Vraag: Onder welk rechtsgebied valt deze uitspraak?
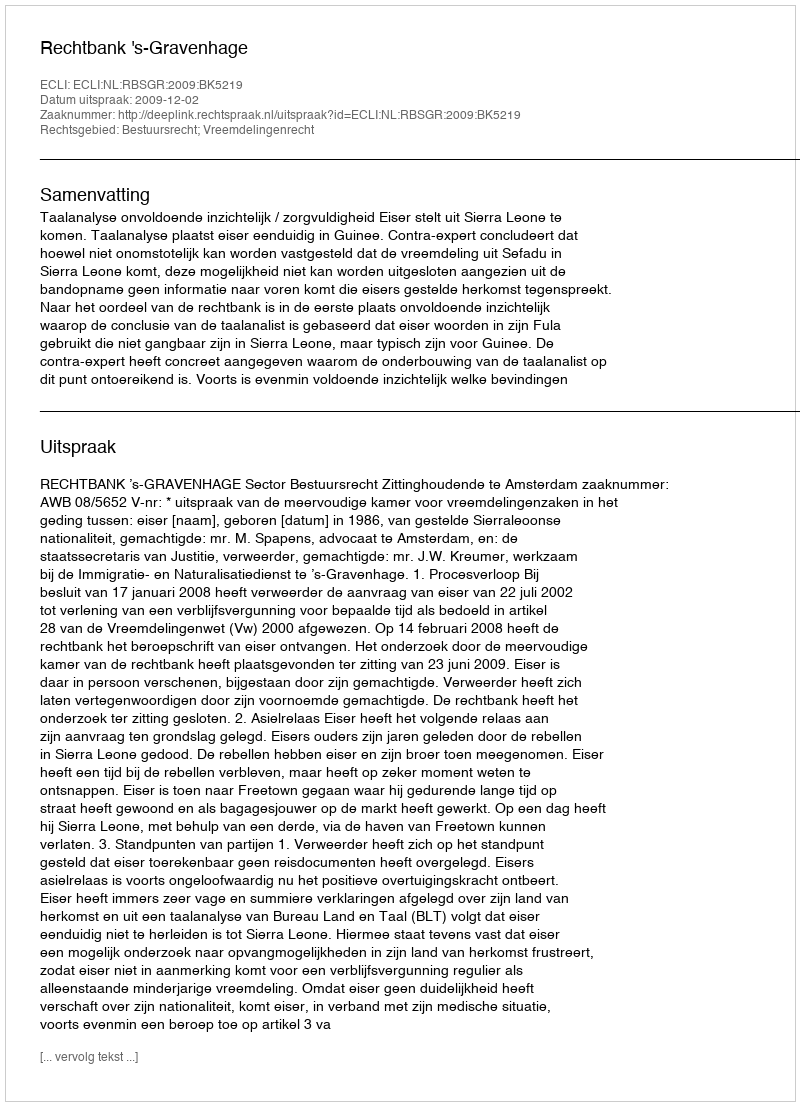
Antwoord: Bestuursrecht; Vreemdelingenrecht